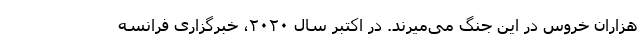
هزاران خروس در این جنگ می‌میرند. در اکتبر سال ۲۰۲۰، خبرگزاری فرانسه